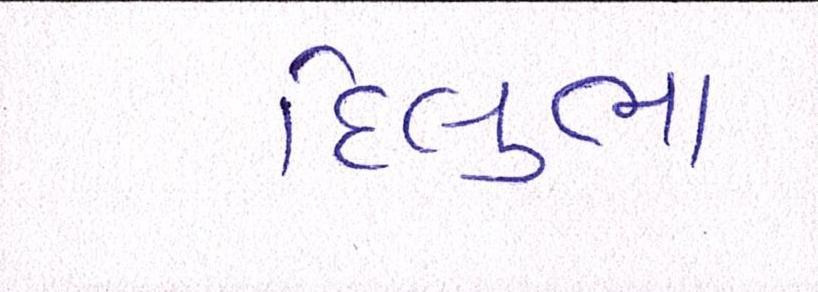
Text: દિલુભા